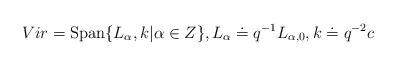
LaTeX: \begin{align*}Vir={\rm Span}\{L_{\alpha},k|\alpha\in Z\}, L_{\alpha}\doteq q^{-1}L_{\alpha,0}, k\doteq q^{-2}c\end{align*}